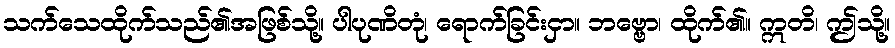
သက်သေထိုက်သည်၏အဖြစ်သို့။ ပါပုဏိတုံ၊ ရောက်ခြင်းငှာ။ ဘဗ္ဗော၊ ထိုက်၏။ ဣတိ၊ ဤသို့။